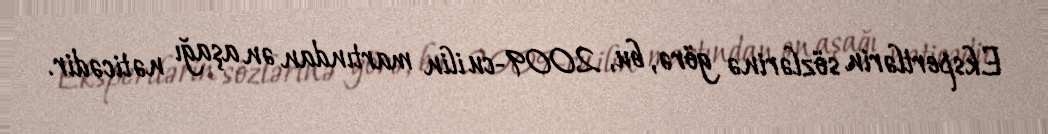
Ekspertlərin sözlərinə görə, bu, 2009-cu ilin martından ən aşağı nəticədir.